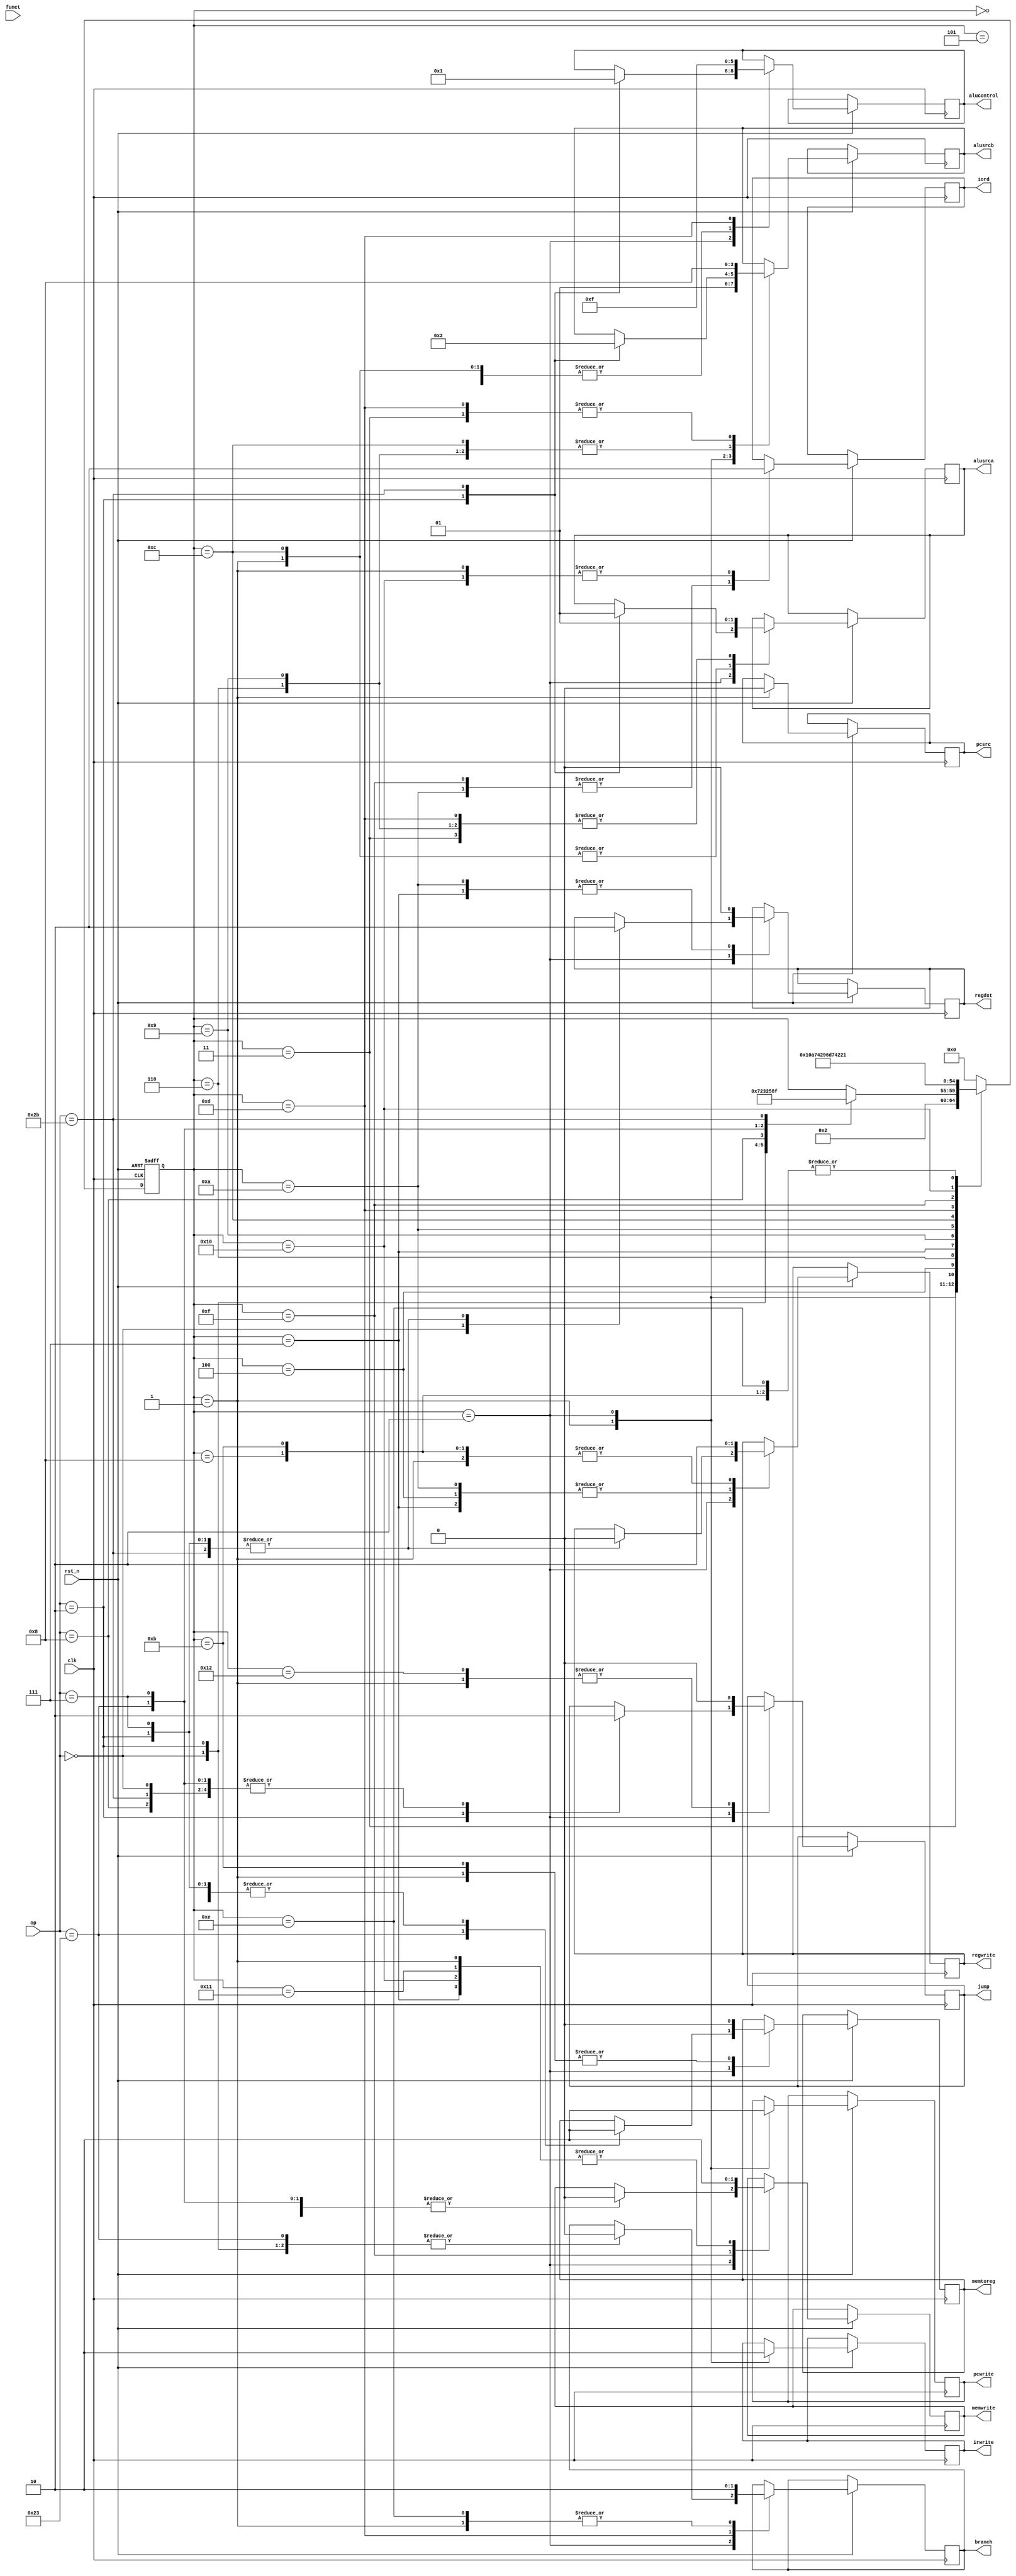
`timescale 1ns / 1ps

module control(
	input clk,
	input rst_n,
	input [5:0] op,//imem
	input [5:0] funct,
	
	output reg memtoreg,
	output reg regdst,
	output reg iord,//for pcmux
	output reg pcsrc,//pc source
	output reg alusrca,
	output reg [1:0] alusrcb,
	
	output reg irwrite,
	output reg memwrite,
	output reg pcwrite,
	output reg branch,
	output reg regwrite,
	
	output reg [2:0] alucontrol,
	
	output reg jump
    );

/*********************************/
initial
begin 
memtoreg=0;
memwrite=0;
branch=0;
alusrca=0;
regdst=0;
regwrite=0;
jump=0;
iord=0;
pcsrc=0;
alusrcb=0;
irwrite=0;
pcwrite=0;
end

reg [4:0] state=0;
parameter [4:0] INIT=5'd0;
parameter [4:0] IF=5'd1;//instruction fetch
parameter [4:0] DC=5'd2;//decode

always@(posedge clk or negedge rst_n)
begin
	if (~rst_n)
	begin
		state<=0;
	end
	else 
	begin
		case (state)
			INIT:
				begin
					state<=IF;//mem
				end
			IF://PC,pc'<=pc+1
				begin
					iord<=0;
					alusrca<=0;
					alusrcb<=2'b01;
					alucontrol<=1;
					pcsrc<=0;
					
					irwrite<=1;
					pcwrite<=1;
					
					memtoreg<=0;//
					memwrite<=0;
					regwrite<=0;
					branch<=0;
					jump<=0;
					state<=DC;
				end
			DC://
				begin
					pcwrite<=0;
					irwrite<=0;
					case (op)
					6'b000000://add
					begin
						memtoreg<=0;
						memwrite<=0;
						branch<=0;
						regdst<=1;
						jump<=0;
						state<=5'd3;//r ex
					end
					6'b000010://j
					begin
						memtoreg<=0;
						memwrite<=0;
						branch<=0;
						alucontrol<=0;
						alusrca<=0;
						alusrcb<=0;
						regdst<=0;
						regwrite<=0;
						jump<=1;
						state<=5'd18;
					end
					6'b001000://addi or la
					begin
						memtoreg<=0;
						branch<=0;
						jump<=0;
						state<=5'd6;
					end
					6'b100011://lw
					begin
						memtoreg<=1;
						memwrite<=0;
						branch<=0;
						jump<=0;
						state<=5'd9;
					end
					6'b000111://bgtz
					begin
						memtoreg<=0;
						memwrite<=0;
						
						regdst<=0;
						regwrite<=0;
						jump<=0;
						state<=5'd12;
					end
					6'b101011://sw
					begin
						memtoreg<=0;
					
						branch<=0;
						regdst<=0;
						regwrite<=0;
						jump<=0;
						
						alucontrol<=1;
						alusrca<=1;
						alusrcb<=2'b10;
						
						state<=5'd15;
					end
					default: ;
				endcase
				end
			
			5'd3://add ex
				begin
					alusrca<=1;
					alusrcb<=2'b00;
					alucontrol<=3'h1;
					state<=5'd4;//add mem
				end
			5'd4://add mem
				begin
					regwrite<=1;
					state<=5'd5;
				end
			5'd5: state<=IF;//add wb

			5'd6://addi ex
				begin
					alucontrol<=1;
					alusrca<=1;
					alusrcb<=2'b10;
					state<=5'd7;
				end
			5'd7://addi mem
				begin
					memwrite<=0;
					regdst<=0;
					regwrite<=1;
					state<=5'd8;
				end
			5'd8://addi wb
				begin
					regwrite<=0;//
					state<=IF;
				end

			5'd9://lw ex  
				begin
					alucontrol<=1;
					alusrca<=1;
					alusrcb<=2'b10;
					state<=5'd10;
				end
			5'd10://lw mem   
				begin
					regdst<=0;
					regwrite<=1;
					iord<=1;
					state<=5'd11;
				end
			5'd11://lw wb
				begin
					regwrite<=0;
					memtoreg<=0;
					state<=IF;
				end
			
			5'd12://bgtz ex  
				begin
					alusrca<=0;//pc' 17
					alusrcb<=2'b10;//imm -6
					alucontrol<=1;//+
					
					state<=5'd13;
				end
			5'd13://bgtz mem reg
				begin
					alucontrol<=3'b111;
					alusrca<=1;
					alusrcb<=0;
					branch<=1;
					
					state<=5'd14;
				end
			5'd14://bgtz wb pc
				begin
					branch<=0;//pc
					state<=IF;
				end
				
			5'd15://sw ex
				begin
					iord<=1;
					memwrite<=1;
					state<=5'd16;
				end
			5'd16://sw mem
				begin
					iord<=0;
					memwrite<=0;
					state<=5'd17;
				end
			5'd17://sw wb
				begin
					memwrite<=0;
					state<=IF;
				end
				
			5'd18://j
				begin
					jump<=0;
					state<=IF;//j wb
				end
				
			default:state<=0;
		endcase
	end
end

/*******fetch instruction******************
always@(*)
begin
	case (op)//
	6'b000000://add
		begin
			memtoreg=0;
			memwrite=0;
			branch=0;
			alu_op=5'h1;
			alusrc=0;
			regdst=1;
			regwrite=1;
			jump=0;
		end
	6'b000010://j
		begin
			memtoreg=0;
			memwrite=0;
			branch=1;
			alu_op=5'h1;
			alusrc=0;
			regdst=0;
			regwrite=0;
			jump=1;
		end
	6'b001000://addi or la
		begin
			memtoreg=0;
			memwrite=0;
			branch=0;
			alu_op=5'h1;
			alusrc=1;
			regdst=0;
			regwrite=1;
			jump=0;
		end
	6'b100011://lw
		begin
			memtoreg=1;
			memwrite=0;
			branch=0;
			alu_op=5'h1;
			alusrc=1;
			regdst=0;
			regwrite=1;
			jump=0;
		end
	6'b000111://bgtz
		begin
			memtoreg=0;
			memwrite=0;
			branch=1;
			alu_op=5'h1;
			alusrc=0;
			regdst=0;
			regwrite=0;
			jump=0;
		end
	6'b101011://sw
		begin
			memtoreg=0;
			memwrite=1;
			branch=0;
			alu_op=5'h1;
			alusrc=1;
			regdst=0;
			regwrite=0;
			jump=0;
		end
	default: ;
	endcase
end
*******************************************/

endmodule